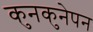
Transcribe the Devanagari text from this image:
कुनकुनेपन